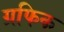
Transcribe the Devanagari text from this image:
ग्रफिक